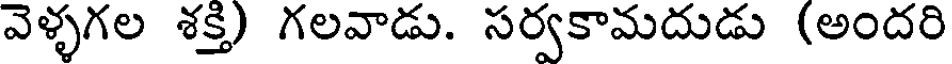
వెళ్ళగల శక్తి) గలవాడు. సర్వకామదుడు (అందరి